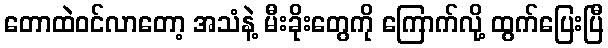
တောထဲဝင်လာတော့ အသံနဲ့ မီးခိုးတွေကို ကြောက်လို့ ထွက်ပြေးပြီ